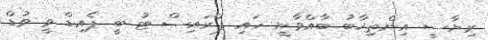
ރިޔާސީ އިންތިޚާބު ބާއްވާނީ ހައި ޕްރައިސް ޓު ބީ ޕެއިޑް ވީ ވުޑް